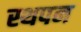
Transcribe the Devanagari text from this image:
स्थपन